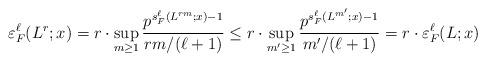
LaTeX: \begin{align*} \varepsilon_F^\ell(L^r;x) = r \cdot \sup_{m \ge 1} \frac{p^{s^\ell_F(L^{rm};x)-1}}{rm/(\ell+1)} \le r \cdot \sup_{m' \ge 1} \frac{p^{s^\ell_F(L^{m'};x)-1}}{m'/(\ell+1)} = r \cdot \varepsilon_F^\ell(L;x) \end{align*}